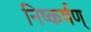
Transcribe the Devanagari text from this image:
निष्कर्षण्